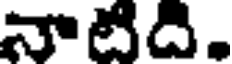
నాటిది.